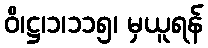
ဝိ၊ဋ္ဌ၊၁၊၁၁၅၊ မှယူရန်